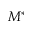
M ^ { * }